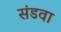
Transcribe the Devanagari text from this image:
संडवा